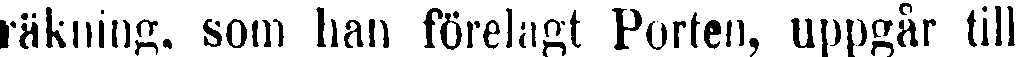
räkning, som han förelagt Porten, uppgår till